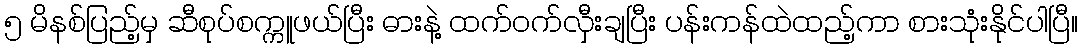
၅ မိနစ်ပြည့်မှ ဆီစုပ်စက္ကူဖယ်ပြီး ဓားနဲ့ ထက်ဝက်လှီးချပြီး ပန်းကန်ထဲထည့်ကာ စားသုံးနိုင်ပါပြီ။